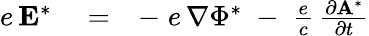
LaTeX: \begin{array}{rlr}{e\, {\mathbf E}^{*}}&{{}=}&{-\; e\, \nabla\Phi^{*}\; -\; \frac{e}{c}\, \frac{\partial{\mathbf A}^{*}}{\partial t}}\end{array}